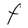
Character: F